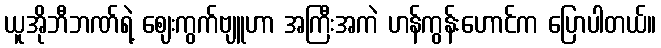
ယူအိုဘီဘဏ်ရဲ့ ဈေးကွက်ဗျူဟာ အကြီးအကဲ ဟန်ကွန်းဟောင်က ပြောပါတယ်။